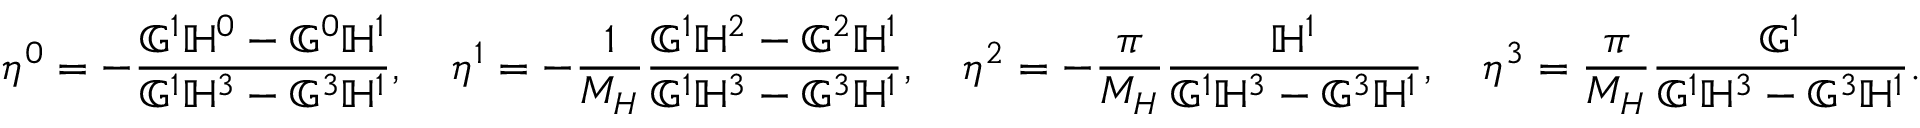
\eta ^ { 0 } = - \frac { \mathbb { G } ^ { 1 } \mathbb { H } ^ { 0 } - \mathbb { G } ^ { 0 } \mathbb { H } ^ { 1 } } { \mathbb { G } ^ { 1 } \mathbb { H } ^ { 3 } - \mathbb { G } ^ { 3 } \mathbb { H } ^ { 1 } } , \quad \eta ^ { 1 } = - \frac { 1 } { M _ { H } } \frac { \mathbb { G } ^ { 1 } \mathbb { H } ^ { 2 } - \mathbb { G } ^ { 2 } \mathbb { H } ^ { 1 } } { \mathbb { G } ^ { 1 } \mathbb { H } ^ { 3 } - \mathbb { G } ^ { 3 } \mathbb { H } ^ { 1 } } , \quad \eta ^ { 2 } = - \frac { \pi } { M _ { H } } \frac { \mathbb { H } ^ { 1 } } { \mathbb { G } ^ { 1 } \mathbb { H } ^ { 3 } - \mathbb { G } ^ { 3 } \mathbb { H } ^ { 1 } } , \quad \eta ^ { 3 } = \frac { \pi } { M _ { H } } \frac { \mathbb { G } ^ { 1 } } { \mathbb { G } ^ { 1 } \mathbb { H } ^ { 3 } - \mathbb { G } ^ { 3 } \mathbb { H } ^ { 1 } } .